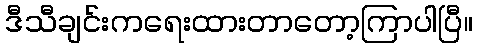
ဒီသီချင်းကရေးထားတာတော့ကြာပါပြီ။